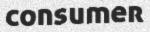
consumer